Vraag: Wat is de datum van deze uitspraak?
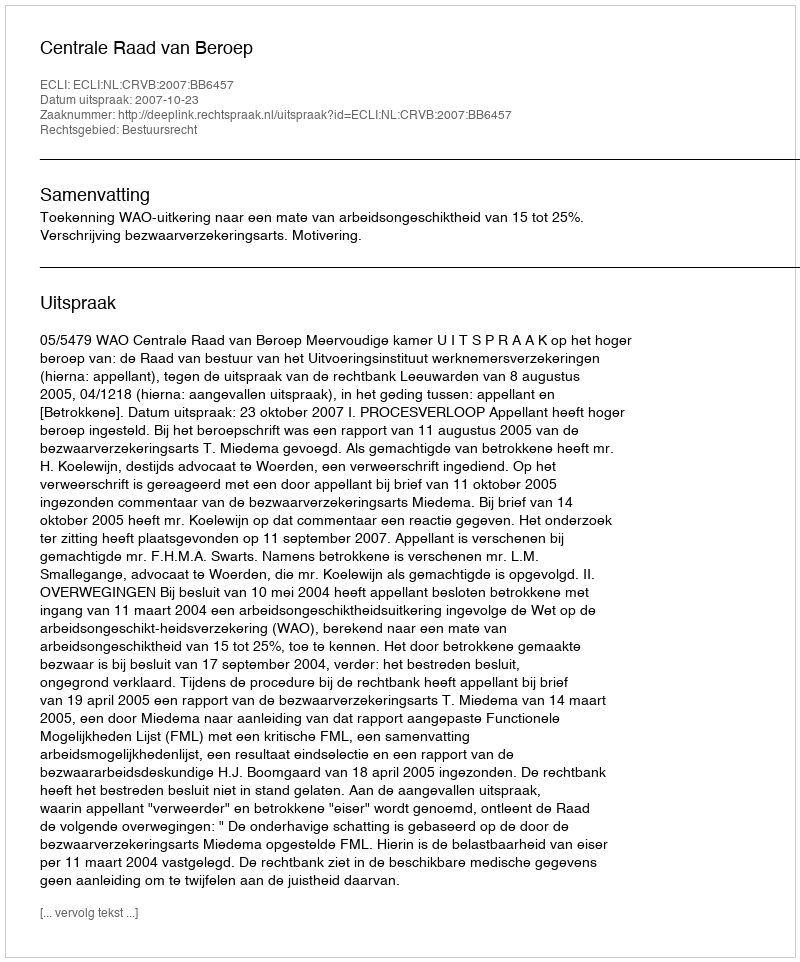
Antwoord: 2007-10-23